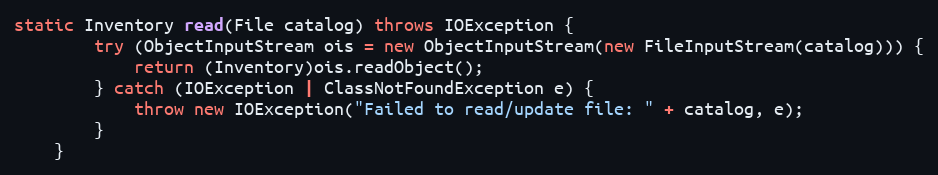
Language: Java
static Inventory read(File catalog) throws IOException {
		try (ObjectInputStream ois = new ObjectInputStream(new FileInputStream(catalog))) {
			return (Inventory)ois.readObject();
		} catch (IOException | ClassNotFoundException e) {
			throw new IOException("Failed to read/update file: " + catalog, e);
		}
	}